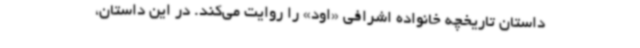
داستان تاریخچه خانواده اشرافی «اود» را روایت می‌کند. در این داستان،